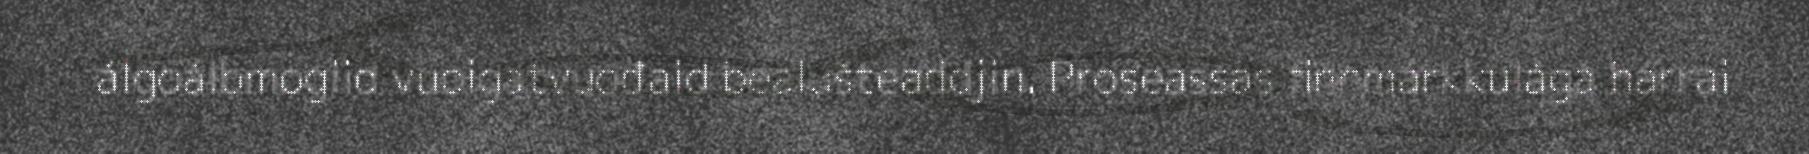
álgoálbmogiid vuoigatvuođaid bealušteaddjin. Proseassas finnmárkkulága hárrai